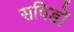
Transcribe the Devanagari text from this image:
सपिडों